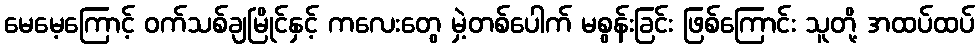
မေမေ့ကြောင့် ဝက်သစ်ချမြိုင်နှင့် ကလေးတွေ မှဲ့တစ်ပေါက် မစွန်းခြင်း ဖြစ်ကြောင်း သူတို့ အထပ်ထပ်